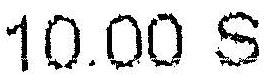
10.00 S